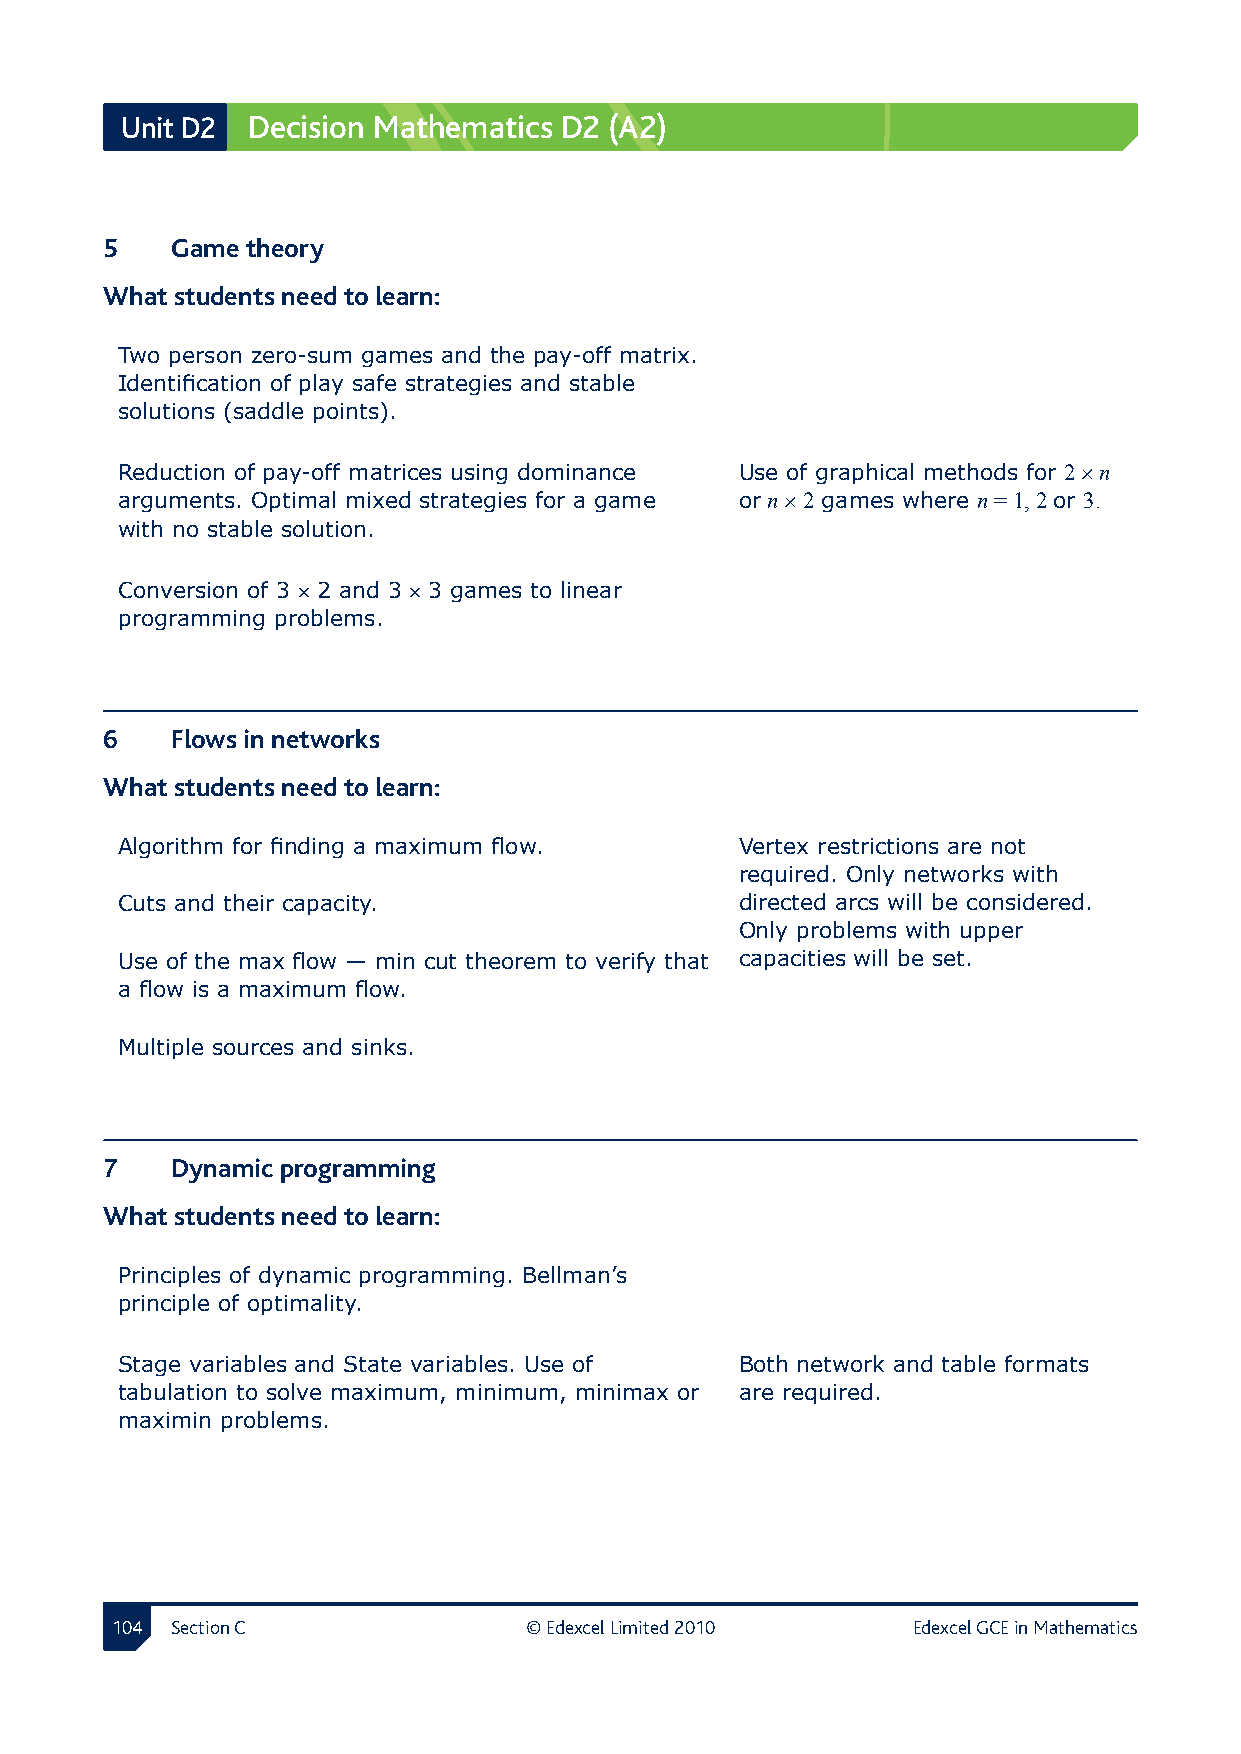
Unit D2 Decision Mathematics D2 (A2)
 5  Game theory
 What students need to learn:
 Two person zero-sum games and the pay-off matrix.
 Identification of play safe strategies and stable
 solutions (saddle points).
 Reduction of pay-off matrices using dominance Use of graphical methods for 2 × n
 arguments. Optimal mixed strategies for a game or n × 2 games where n = 1, 2 or 3.
 with no stable solution.
 Conversion of 3 × 2 and 3 × 3 games to linear
 programming problems.
 6  Flows in networks 
 What students need to learn:
 Algorithm for finding a maximum flow.    Vertex restrictions are not
 required. Only networks with
 Cuts and their capacity.                 directed arcs will be considered.
 Only problems with upper
 Use of the max flow — min cut theorem to verify that capacities will be set.
 a flow is a maximum flow.
 Multiple sources and sinks.
 7  Dynamic programming
 What students need to learn:
 Principles of dynamic programming. Bellman’s
 principle of optimality.
 Stage variables and State variables. Use of Both network and table formats
 tabulation to solve maximum, minimum, minimax or are required.
 maximin problems.
 10 Section C               © Edexcel Limited 2010   Edexcel GCE in Mathematics